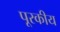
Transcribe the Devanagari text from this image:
पूरकीय